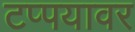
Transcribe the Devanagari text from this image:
टप्पयावर